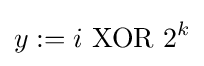
y:=i{\text{ XOR }}2^{k}